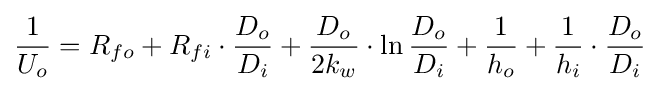
{1 \over U_{o}}={R_{fo}}+{R_{fi}}\cdot {\frac {D_{o}}{D_{i}}}+{\frac {D_{o}}{2k_{w}}}\cdot \ln {\frac {D_{o}}{D_{i}}}+{1 \over h_{o}}+{1 \over h_{i}}\cdot {\frac {D_{o}}{D_{i}}}